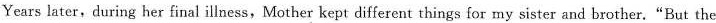
Years later,during her final illness,Mother kept different things for my sister and brother."But the